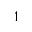
^ 1